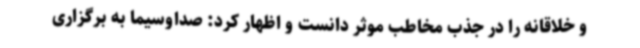
و خلاقانه را در جذب مخاطب موثر دانست و اظهار کرد: صداوسیما به برگزاری